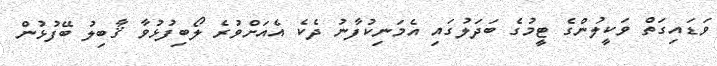
ވަޑައިގަތް ވަކީލުންގެ ޓީމުގެ ބަދަލުގައި އެމަނިކުފާނު ދެކެ އެއަށްވުރެ ލޯބިފުޅުވާ ޤާބިލު ބޭފުޅުން